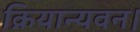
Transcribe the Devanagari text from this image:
क्रियान्यवन।